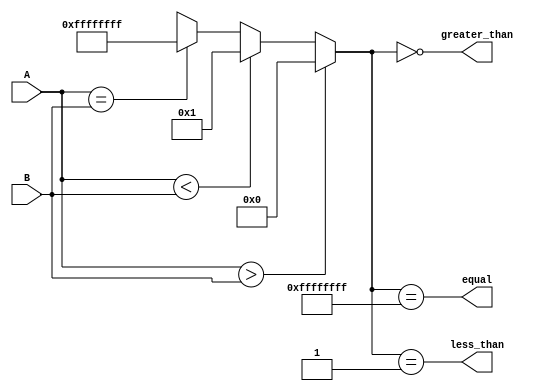
module comparator (
    input [63:0] A,
    input [63:0] B,
    output reg equal,
    output reg less_than,
    output reg greater_than
);

reg [63:0] result;

always @* begin
    result = A > B ? 64'b0 :
             A < B ? 64'b1 :
             A == B ? 64'b1111_1111_1111_1111_1111_1111_1111_1111 :
             64'bxxxxxxxx_xxxxxxxx_xxxxxxxx_xxxxxxxx_xxxxxxxx_xxxxxxxx_xxxxxxxx_xxxxxxxx;
end

assign equal = (result == 64'b1111_1111_1111_1111_1111_1111_1111_1111);
assign less_than = (result == 64'b1);
assign greater_than = (result == 64'b0);

endmodule